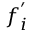
f _ { i } ^ { ' }